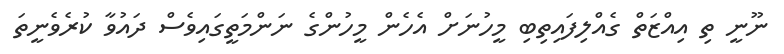
ނޫނީ ތި އިއްޒަތް ގެއްލިފައިތިބި މީހުނަށް އެހެން މީހުންގެ ނަންމަތީގައިވެސް ދައުވާ ކުރެވެނީތަ